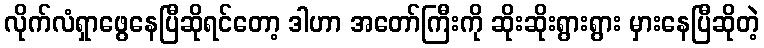
လိုက်လံရှာဖွေနေပြီဆိုရင်တော့ ဒါဟာ အတော်ကြီးကို ဆိုးဆိုးရွားရွား မှားနေပြီဆိုတဲ့